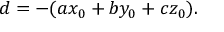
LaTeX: d = - ( a x _ { 0 } + b y _ { 0 } + c z _ { 0 } ) .